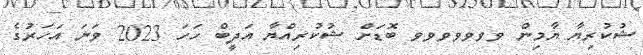
ޝުކުރިޔާ ޔާމިން ވވވވވވވ ބޮޑަށް ޝުކުރިއްޔާ އަދީބް ހަހަ 2023 ވަނަ އަހަރުގެ